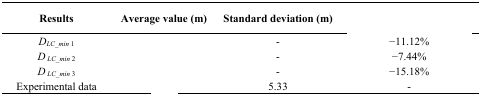
<table><thead><tr><td><b>Results</b></td><td><b>Average value (m)</b></td><td><b>Standard deviation (m)</b></td><td>[EMPTY_CELL]</td></tr></thead><tbody><tr><td><i>D</i><sub><i>LC_min</i> 1</sub></td><td>[EMPTY_CELL]</td><td>-</td><td>−11.12%</td></tr><tr><td><i>D</i><sub><i>LC_min</i> 2</sub></td><td>[EMPTY_CELL]</td><td>-</td><td>−7.44%</td></tr><tr><td><i>D</i><sub><i>LC_min</i> 3</sub></td><td>[EMPTY_CELL]</td><td>-</td><td>−15.18%</td></tr><tr><td>Experimental data</td><td>[EMPTY_CELL]</td><td>5.33</td><td>-</td></tr></tbody></table>